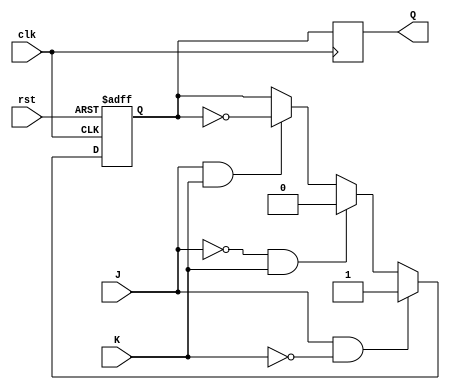
module jk_flipflop (
    input wire clk,
    input wire rst,
    input wire J,
    input wire K,
    output reg Q
);

reg Q_tmp;

always @(posedge clk or posedge rst) begin
    if (rst) begin
        Q_tmp <= 1'b0;
    end else begin
        if (J & ~K) begin
            Q_tmp <= 1'b1;
        end else if (~J & K) begin
            Q_tmp <= 1'b0;
        end else if (J & K) begin
            Q_tmp <= ~Q_tmp;
        end
    end
end

always @(negedge clk) begin
    Q <= Q_tmp;
end

endmodule